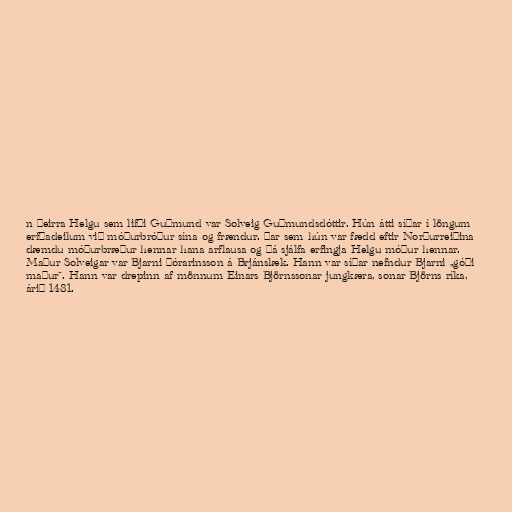
n þeirra Helgu sem lifði Guðmund var Solveig Guðmundsdóttir. Hún átti síðar í löngum
erfðadeilum við móðurbróður sína og frændur. Þar sem hún var fædd eftir Norðurreiðina
dæmdu móðurbræður hennar hana arflausa og þá sjálfa erfingja Helgu móður hennar.
Maður Solveigar var Bjarni Þórarinsson á Brjánslæk. Hann var síðar nefndur Bjarni „góði
maður“. Hann var drepinn af mönnum Einars Björnssonar jungkæra, sonar Björns ríka,
árið 1481.